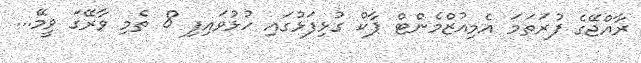
ރާއްޖޭގެ ފުރަތަމަ އެމިއުޒްމެންޓް ޕާކް ގުޅިފަޅުގައި ހުޅުވައިފި 8 ތެމި ވާރޭގަ ވީމޭ...